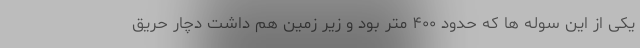
یکی از این سوله ها که حدود ۴٠٠ متر بود و زیر زمین هم داشت دچار حریق